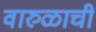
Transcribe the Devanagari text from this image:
वारुळाची